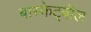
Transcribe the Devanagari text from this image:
बास्केट्बॉल